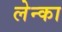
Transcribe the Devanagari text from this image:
लेन्का